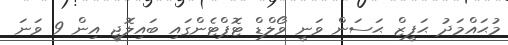
މުޙައްމަދު ޙަފީޒް ޙަސަން ވަނީ ވޯލްޑް ޓޮޕްޓެންގައި ބައިލޮޖީ އިން 9 ވަނަ